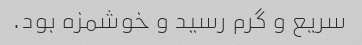
سریع و گرم رسید و خوشمزه بود.